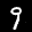
Label: 9